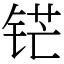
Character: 铓